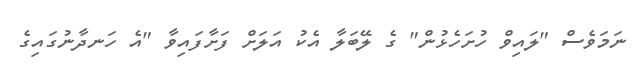
ނަމަވެސް "ލައިވް ހުށަހެޅުން" ގެ ލޭބަލާ އެކު އަލަށް ފަށާފައިވާ "އެ ހަނދާނުގައިގެ